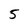
Character: 5